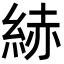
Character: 𦀗